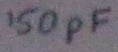
Text: 150pF